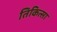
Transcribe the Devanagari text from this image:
तिकित्सा